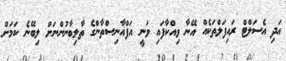
އަދި އެސަލްޓް ރައިފަލްތަކެއް އޭނާ ވިއްކާފައި ވަނީ އަފްޣާނިސްތާންގެ ތާލިބާނުންނަށް ލިބޭނެ ކަމަށް